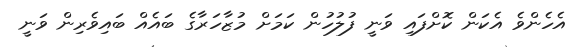
އެހެންވެ އެކަން ކޮށްފައި ވަނީ ފުލުހުން ކަމަށް މުޒާހަރާގެ ބައެއް ބައިވެރިން ވަނީ